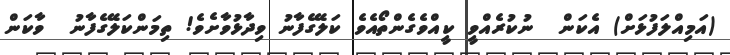
(އަމިއްލަފުޅަށް) އެކަން  ނުކުރެއްވީ ކީއްވެގެންތޯއެވެ ކަލޭގެފާނު ވިދާޅުވާށެވެ! ތިމަންކަލޭގެފާނު  ވާކަން